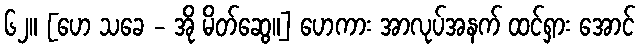
၆၂။ [ဟေ သခေ - အို မိတ်ဆွေ။] ဟေကား အာလုပ်အနက် ထင်ရှား အောင်